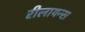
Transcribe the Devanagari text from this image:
रीलायन्स